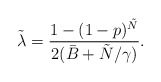
\begin{align*}\tilde{\lambda}=\frac{1-(1-p)^{\tilde{N}}}{2(\bar{B}+\tilde{N}/\gamma)}.\end{align*}